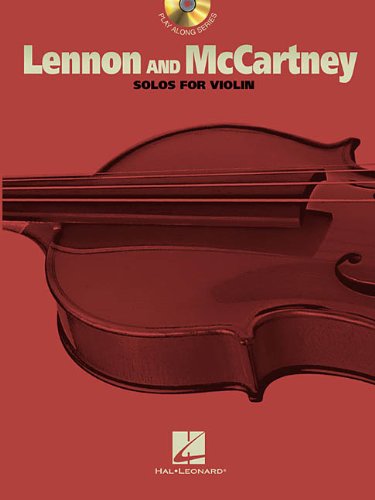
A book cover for Lennon and McCartney: for Violin; The Beatles; Humor & Entertainment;